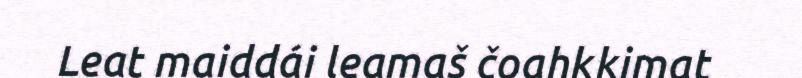
Leat maiddái leamaš čoahkkimat